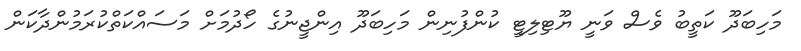
މަހިބަދޫ ކަތީބު ވެސް ވަނީ ޔޫޓިލިޓީ ކުންފުނިން މަހިބަދޫ އިންޖީނުގެ ހޯދުމަށް މަސައްކަތްކުރަމުންދާކަން